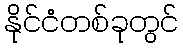
နိုင်ငံတစ်ခုတွင်